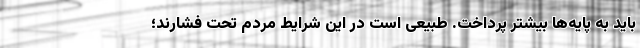
باید به پایه‌ها بیشتر پرداخت. طبیعی است در این شرایط مردم تحت فشارند؛